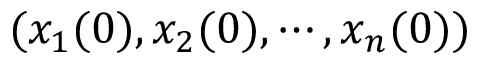
( x _ { 1 } ( 0 ) , x _ { 2 } ( 0 ) , \cdots , x _ { n } ( 0 ) )